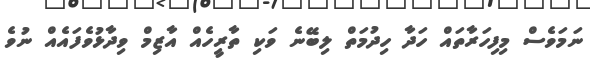
ނަމަވެސް މިފިހަރާތައް ހަދާ ހިދުމަތް ލިބޭނެ ވަކި ތާރީހެއް އާޒިމް ވިދާޅުވެފައެއް ނުވެ